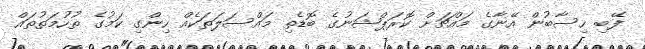
ފޭބި ހިސާބުން އޭނާގެ މައްޗަށް ކޮރަޕްޝަނުގެ ބޮޑެތި މައްސަލަތަކެއް ހިންގި ކަމުގެ ތުހުމަތުތައް